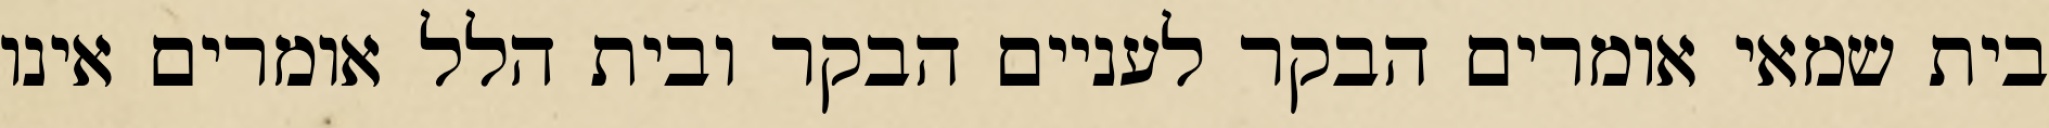
בית שמאי אומרים הבקר לעניים הבקר ובית הלל אומרים אינו